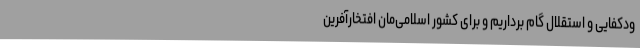
ودکفایی و استقلال گام برداریم و برای کشور اسلامی‌مان افتخارآفرین